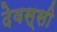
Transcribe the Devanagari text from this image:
देवस्सी